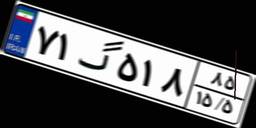
۷۱گ۵۱۸۸۵